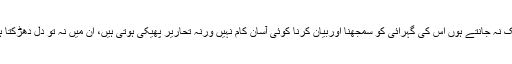
جس بات کو ہم اندر سے باہر تک نہ جانتے ہوں اس کی گہرائی کو سمجھنا اوربیان کرنا کوئی آسان کام نہیں ورنہ تحاریر پھیکی ہوتی ہیں، ان میں نہ تو دل دھڑکتا ہے اور نہ ہی آنسو چمکتے ہیں ۔